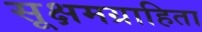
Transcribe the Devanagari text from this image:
सूक्षमग्राहिता